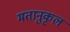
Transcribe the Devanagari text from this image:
मतानुकृल